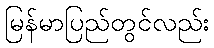
မြန်မာပြည်တွင်လည်း